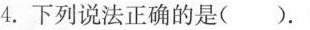
4.下列说法正确的是().